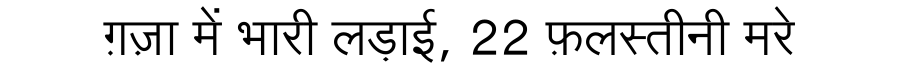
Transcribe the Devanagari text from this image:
ग़ज़ा में भारी लड़ाई, 22 फ़लस्तीनी मरे